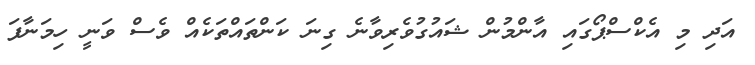
އަދި މި އެކްސްޕޯގައި އާންމުން ޝައުގުވެރިވާނެ ގިނަ ކަންތައްތަކެއް ވެސް ވަނީ ހިމަނާފަ